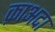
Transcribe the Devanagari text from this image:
क़ाअदा